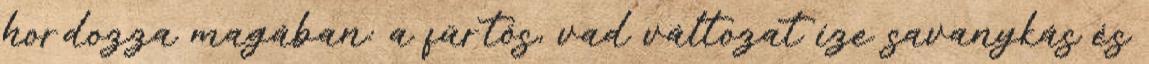
hordozza magában: a fürtös, vad változat íze savanykás és